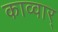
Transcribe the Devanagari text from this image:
काव्वार्